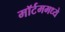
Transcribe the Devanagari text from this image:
मॉर्टममध्ये